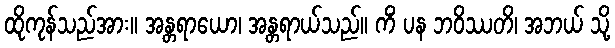
ထိုကုန်သည်အား။ အန္တရာယော၊ အန္တရာယ်သည်။ ကိံ ပန ဘဝိဿတိ၊ အဘယ် သို့